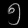
Digit: ၅